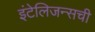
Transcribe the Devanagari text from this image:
इंटेलिजन्सची